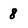
Character: 8